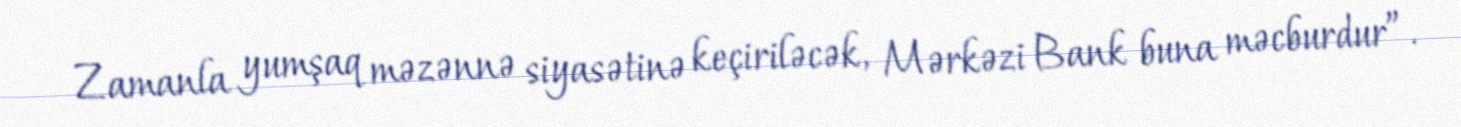
Zamanla yumşaq məzənnə siyasətinə keçiriləcək, Mərkəzi Bank buna məcburdur”.